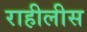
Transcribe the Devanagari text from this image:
राहीलीस